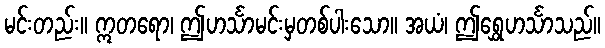
မင်းတည်း။ ဣတရော၊ ဤဟင်္သာမင်းမှတစ်ပါးသော။ အယံ၊ ဤရွှေဟင်္သာသည်။